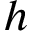
h